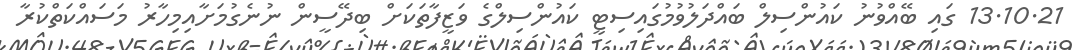
13.10.21 ގައި ބޭއްވުނު ކައުންސިލް ބައްދަލުވުމުގައިސިޓީ ކައުންސިލްގެ ވަޒީފާތަކަށް ބިދޭސީން ނުނެގުމަށާއިމިހާރު މަސައްކަތްކުރާ